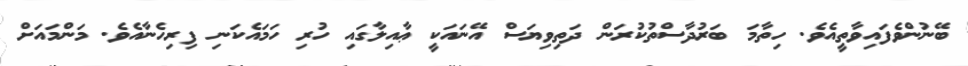
ބޭނުންވެފައިވާތީއެވެ. ހިތާމަ ބަރުދާސްތުކުރަން ދަތިވިޔަސް އޭނައަކީ ޢާއިލާގައި ހުރި ހަމައެކަނި ފިރިހެނާއެވެ. މަންމައަށް